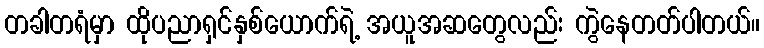
တခါတရံမှာ ထိုပညာရှင်နှစ်ယောက်ရဲ့ အယူအဆတွေလည်း ကွဲနေတတ်ပါတယ်။